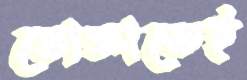
ভোক্তাকেই